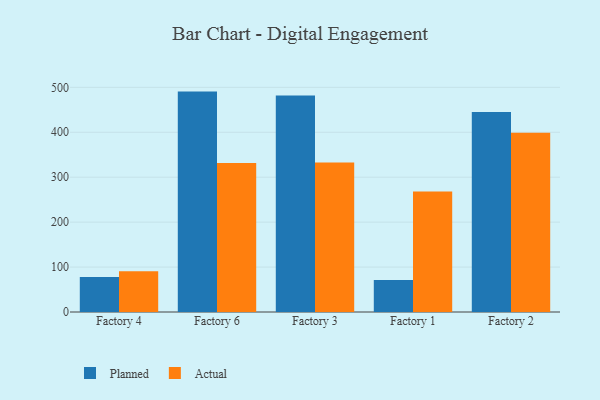
{"axis": {"x": "Factory", "y": "Page Views"}, "legend": ["Actual", "Planned"], "data": [{"x": "Factory 4", "y": 77.9, "type": "Planned"}, {"x": "Factory 4", "y": 90.7, "type": "Actual"}, {"x": "Factory 6", "y": 490.5, "type": "Planned"}, {"x": "Factory 6", "y": 331.5, "type": "Actual"}, {"x": "Factory 3", "y": 481.6, "type": "Planned"}, {"x": "Factory 3", "y": 332.7, "type": "Actual"}, {"x": "Factory 1", "y": 71.0, "type": "Planned"}, {"x": "Factory 1", "y": 267.9, "type": "Actual"}, {"x": "Factory 2", "y": 445.1, "type": "Planned"}, {"x": "Factory 2", "y": 398.7, "type": "Actual"}]}